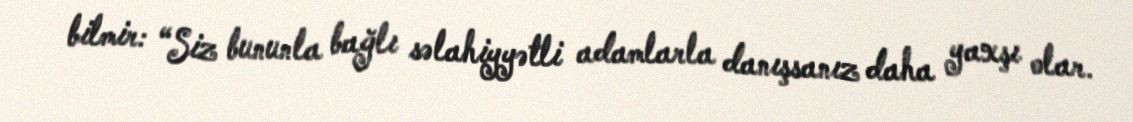
bilmir: “Siz bununla bağlı səlahiyyətli adamlarla danışsanız daha yaxşı olar.